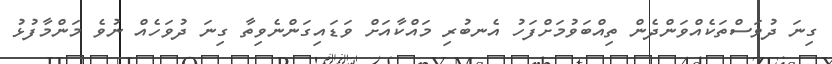
ގިނަ ދުވަސްތަކެއްވަންދެން ތިއްބަވުމަށްފަހު އެނބުރި މައްކާއަށް ވަޑައިގަންނެވިތާ ގިނަ ދުވަހެއް ނުވެ މަންމާފުޅު